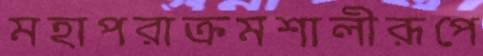
মহাপরাক্রমশালীরূপে